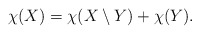
\begin{align*}\chi(X)=\chi(X\setminus Y)+\chi(Y).\end{align*}